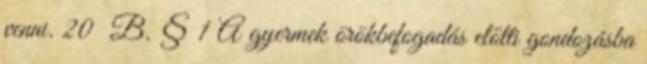
venni. 20 B. § 1 A gyermek örökbefogadás előtti gondozásba